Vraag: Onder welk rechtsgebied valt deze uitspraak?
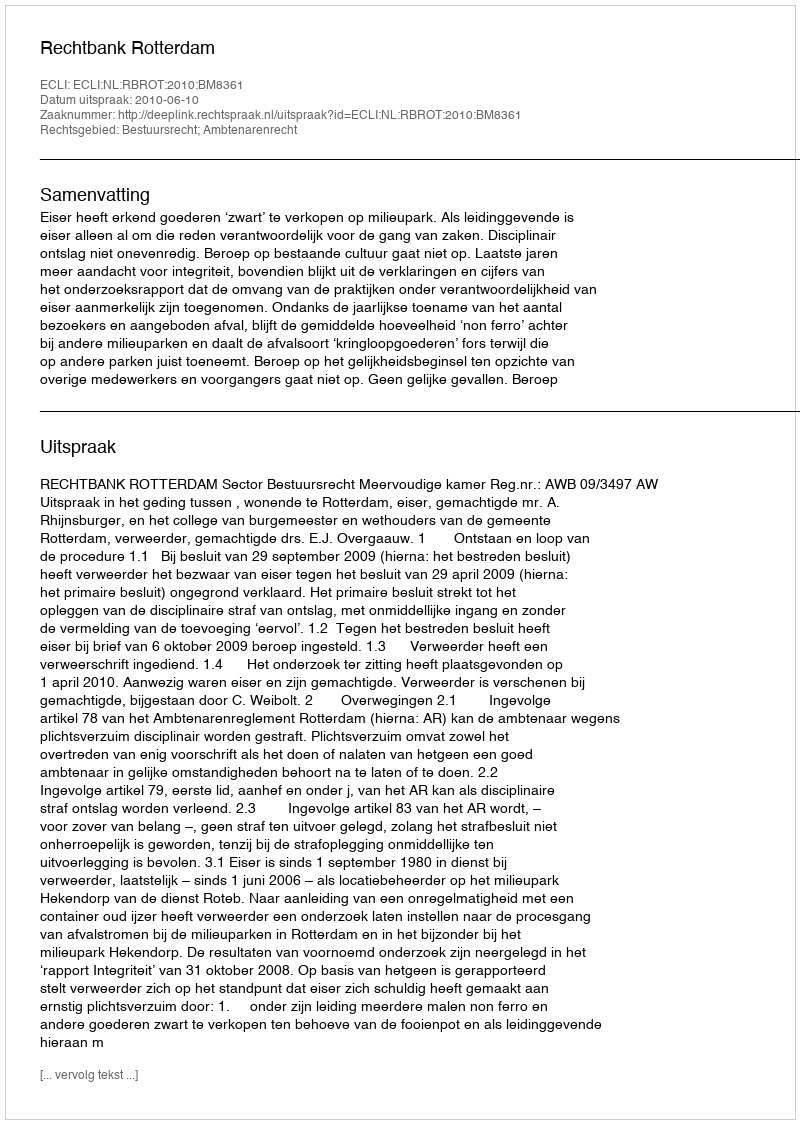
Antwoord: Bestuursrecht; Ambtenarenrecht